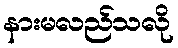
နားမလည်သလို